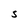
Character: S